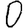
Digit: 0